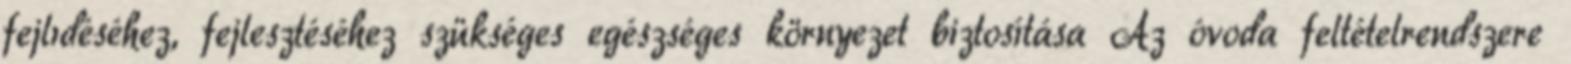
fejlıdéséhez, fejlesztéséhez szükséges egészséges környezet biztosítása Az óvoda feltételrendszere